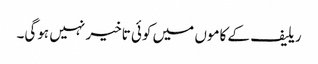
ریلیف کے کاموں میں کوئی تاخیر نہیں ہوگی۔